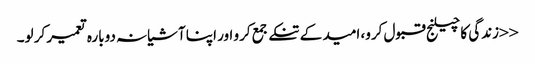
<<زندگی کا چیلنج قبول کرو، امید کے تنکے جمع کرو اور اپنا آشیانہ دوبارہ تعمیر کر لو۔